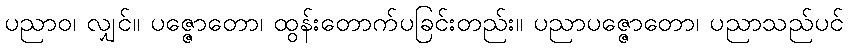
ပညာဝ၊ လျှင်။ ပဇ္ဇောတော၊ ထွန်းတောက်ပခြင်းတည်း။ ပညာပဇ္ဇောတော၊ ပညာသည်ပင်